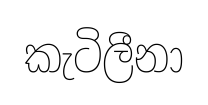
කැටිලීනා